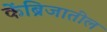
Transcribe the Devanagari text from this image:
केंब्रिजातील